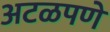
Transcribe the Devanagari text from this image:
अटळपणे